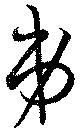
弟